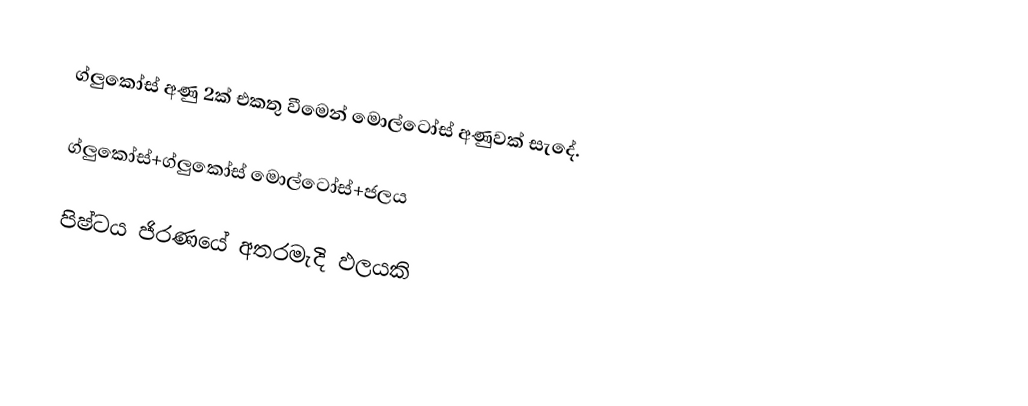
ග්ලුකෝස් අණු  2ක් එකතු වීමෙන් මොල්ටෝස් අණුවක් සැදේ.

ග්ලුකෝස්+ග්ලුකෝස්  මොල්ටෝස්+ජලය

 පිෂ්ටය ජිරණයේ අතරමැදි ඵලයකි